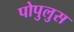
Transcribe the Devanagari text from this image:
पोपुलुस